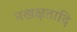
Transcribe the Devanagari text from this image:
नखक्षतादि